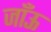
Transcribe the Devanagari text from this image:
जाँऊ